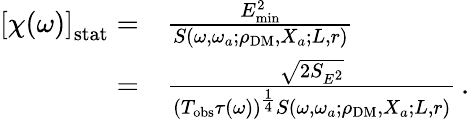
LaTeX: \begin{array}{rl}{\left[\chi(\omega)\right]_{\mathrm{stat}}=}&{{}\frac{E_{\mathrm{min}}^{2}}{S(\omega,\omega_{a};\rho_{\mathrm{DM}},X_{a};L,r)}\, }\\ {=}&{{}\frac{\sqrt{2S_{E^{2}}}}{(T_{\mathrm{obs}}\tau(\omega))^{\frac{1}{4}}S(\omega,\omega_{a};\rho_{\mathrm{DM}},X_{a};L,r)}\, .}\end{array}